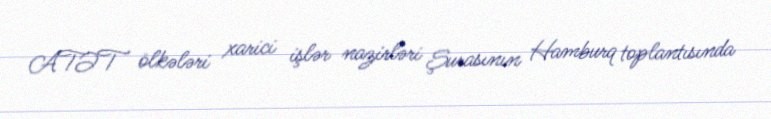
ATƏT ölkələri xarici işlər nazirləri Şurasının Hamburq toplantısında